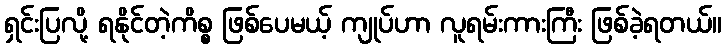
ရှင်းပြလို့ ရနိုင်တဲ့ကိစ္စ ဖြစ်ပေမယ့် ကျုပ်ဟာ လူရမ်းကားကြီး ဖြစ်ခဲ့ရတယ်။